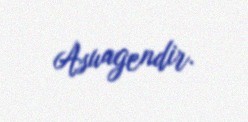
Asuagendir.